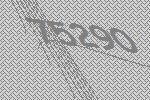
75290